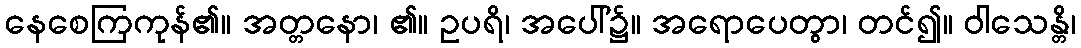
နေစေကြကုန်၏။ အတ္တနော၊ ၏။ ဥပရိ၊ အပေါ်၌။ အရောပေတွာ၊ တင်၍။ ဝါသေန္တိ၊